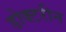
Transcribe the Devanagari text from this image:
डोक्टरीन